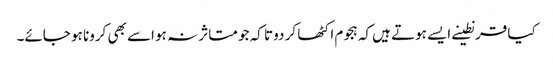
کیا قرنطینے ایسے ہوتے ہیں کہ ہجوم اکٹھا کر دو تا کہ جو متاثر نہ ہو اسے بھی کرونا ہو جائے۔